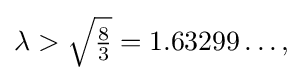
{\textstyle \lambda >{\sqrt {\frac {8}{3}}}=1.63299\ldots ,}